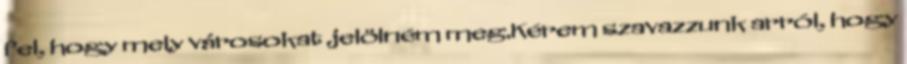
fel, hogy mely városokat jelölném meg.Kérem szavazzunk arról, hogy